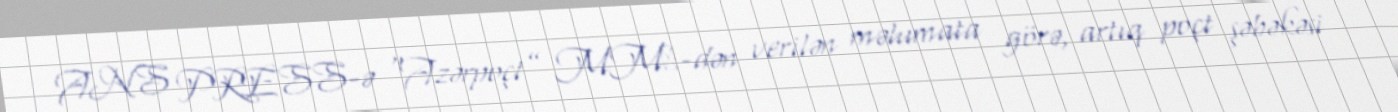
ANS PRESS-ə “Azərpoçt” MMС-dən verilən məlumata görə, artıq poçt şəbəkəsi